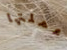
عملتها